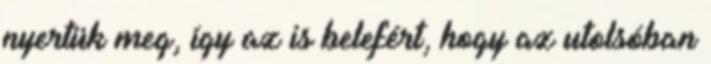
nyertük meg, így az is belefért, hogy az utolsóban